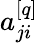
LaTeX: a_{ji}^{[q]}